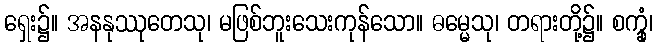
ရှေး၌။ အနနုဿုတေသု၊ မဖြစ်ဘူးသေးကုန်သော။ ဓမ္မေသု၊ တရားတို့၌။ စက္ခုံ၊